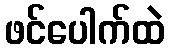
ဖင်ပေါက်ထဲ